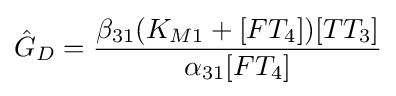
{\hat {G}}_{D}={{\beta _{31}(K_{M1}+[FT_{4}])[TT_{3}]} \over {\alpha _{31}[FT_{4}]}}